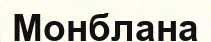
Монблана